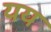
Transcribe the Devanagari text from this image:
यय